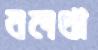
বলধা